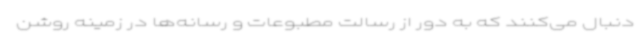
دنبال می‌کنند که به دور از رسالت مطبوعات و رسانه‌ها در زمینه روشن